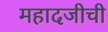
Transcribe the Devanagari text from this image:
महादजीची